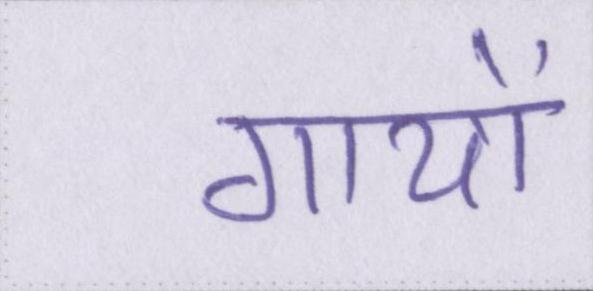
गायों